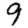
Digit: 9